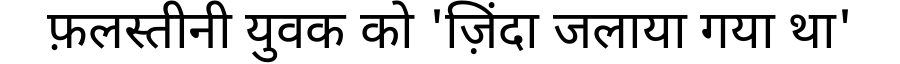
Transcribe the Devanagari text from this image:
फ़लस्तीनी युवक को 'ज़िंदा जलाया गया था'